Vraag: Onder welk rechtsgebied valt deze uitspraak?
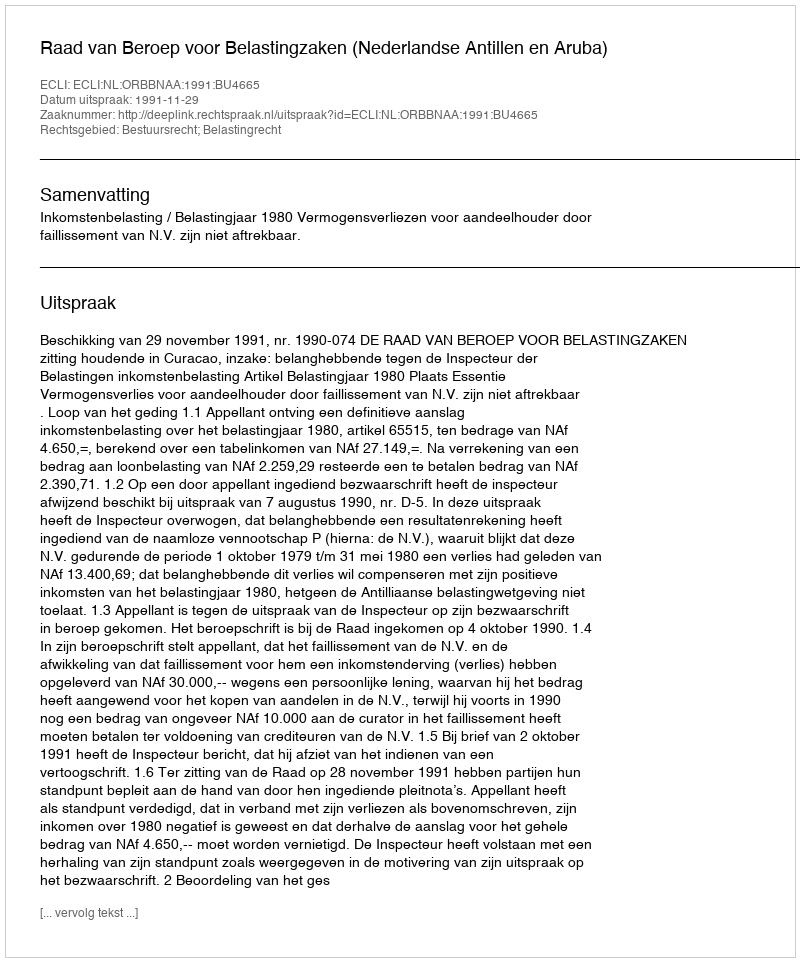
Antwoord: Bestuursrecht; Belastingrecht